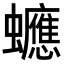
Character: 𧕄